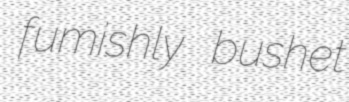
fumishly bushet